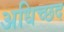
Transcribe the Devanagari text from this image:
अधिच्छद